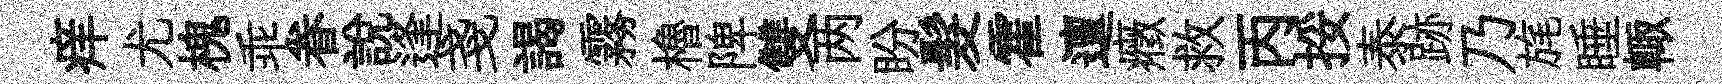
痒尤槐乖眷說逢戔謁霧櫓陴雙两盼髮霍邅癥救丙挼泰跡乃旄睡輙